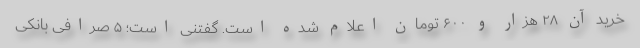
خرید آن ۲۸ هزار و ۶۰۰ تومان اعلام شده است. گفتنی است؛ ۵ صرافی بانکی